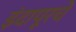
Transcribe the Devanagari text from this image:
इंदापूरचे